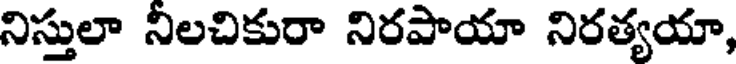
నిస్తులా నిలచికురా నిరపాయా నిరత్యయా,